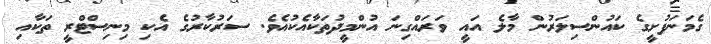
ގެމަނަފުށީގެ ކައުންސިލަރުން މާލެ އައީ ވަރައްގިނަ އުންމީދުތަކާއެކުއެވެ. ސަރުކާރުގެ އެކި މިނިސްޓްރީ ތަކާއި